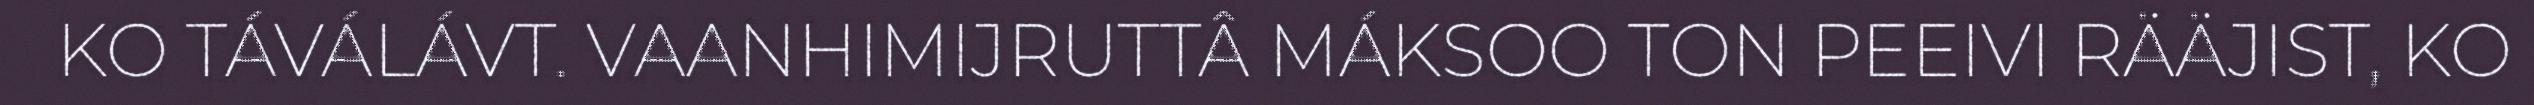
KO TÁVÁLÁVT. VAANHIMIJRUTTÂ MÁKSOO TON PEEIVI RÄÄJIST, KO